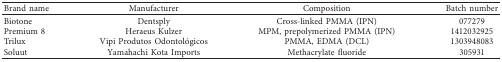
| Brand name | Manufacturer | Composition | Batch number |
 | --- | --- | --- | --- |
 | Biotone | Dentsply | Cross-linked PMMA (IPN) | 077279 |
 | Premium 8 | Heraeus Kulzer | MPM, prepolymerized PMMA (IPN) | 1412032925 |
 | Trilux | Vipi Produtos Odontológicos | PMMA, EDMA (DCL) | 1303948083 |
 | Soluut | Yamahachi Kota Imports | Methacrylate fluoride | 305931 |